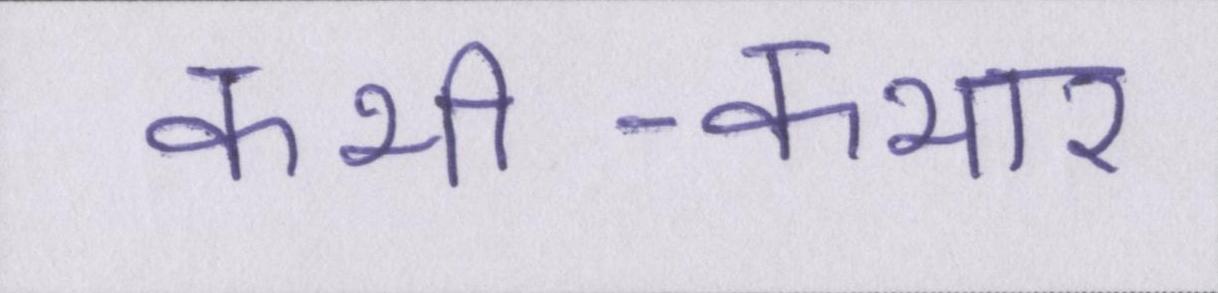
कभी-कभार